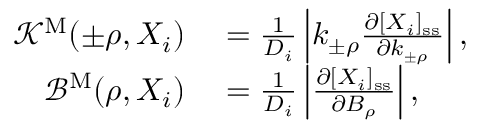
\begin{array} { r l } { { \mathcal K } ^ { \mathrm { M } } ( \pm \rho , X _ { i } ) } & { { } = \frac { 1 } { D _ { i } } \left| k _ { \pm \rho } \frac { \partial [ X _ { i } ] _ { \mathrm { s s } } } { \partial k _ { \pm \rho } } \right| , } \\ { { \mathcal B } ^ { \mathrm { M } } ( \rho , X _ { i } ) } & { { } = \frac { 1 } { D _ { i } } \left| \frac { \partial [ X _ { i } ] _ { \mathrm { s s } } } { \partial B _ { \rho } } \right| , } \end{array}